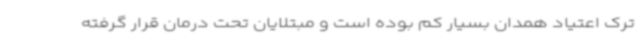
ترک اعتیاد همدان بسیار کم بوده است و مبتلایان تحت درمان قرار گرفته